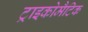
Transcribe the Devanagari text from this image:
ट्राइकोमैटिक